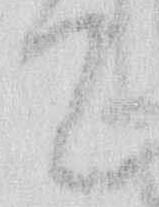
て